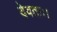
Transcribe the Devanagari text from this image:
देवताः।